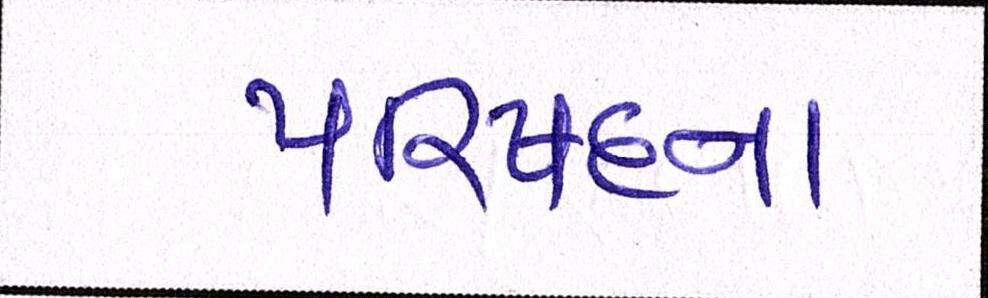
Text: પરિષદના